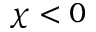
\chi < 0